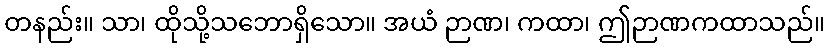
တနည်း။ သာ၊ ထိုသို့သဘောရှိသော။ အယံ ဉာဏ၊ ကထာ၊ ဤဉာဏကထာသည်။